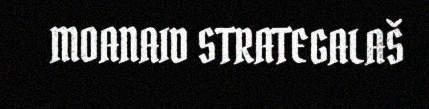
MOANAID STRATEGALAŠ